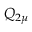
Q _ { 2 \mu }